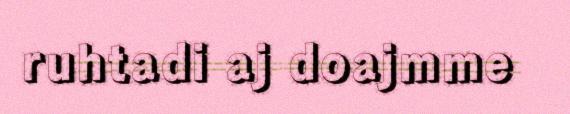
ruhtadi aj doajmme